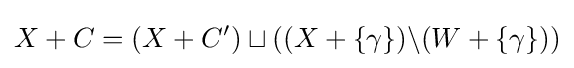
X+C=(X+C')\sqcup ((X+\{\gamma \})\backslash (W+\{\gamma \}))